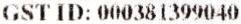
GST ID: 000381399040